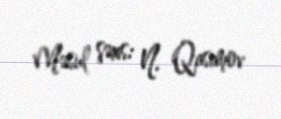
Məsul şəxs: N. Qasımov